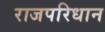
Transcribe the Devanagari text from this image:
राजपरिधान